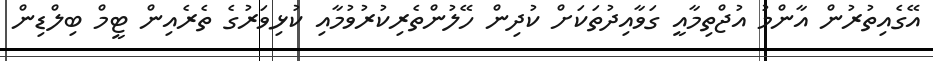
އޭގެއިތުރުން އާންމު އުޖްތިމާއީ ގަވާއިދުތަކަށް ކުދިން ހޭލުންތެރިކުރުވުމާއި ކުޅިވަރުގެ ތެރެއިން ޓީމް ބިލްޑިން